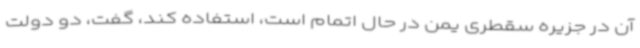
آن در جزیره سقطری یمن در حال اتمام است، استفاده کند، گفت، دو دولت